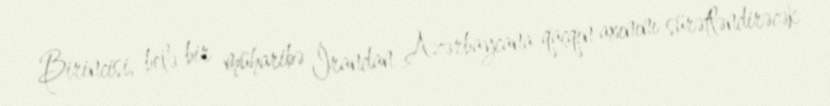
Birincisi, belə bir müharibə İrandan Azərbaycana qaçqın axınını sürətləndirəcək